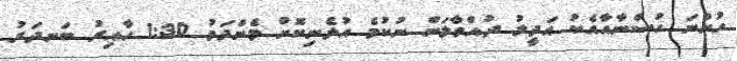
ހުންނަ ހުސްނާއާއެކު އަދީލު ދުއްވާލަން ނުކުމެ އުޅެނިކޮށް މެންދަމު 1:30 ހާއިރު ބަނދަރު